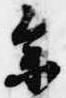
参